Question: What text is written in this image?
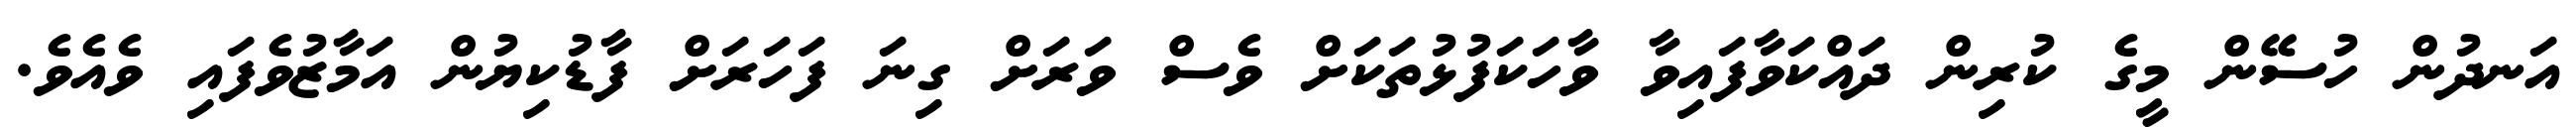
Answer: އަނދުން ހުސޭން މީގެ ކުރިން ދައްކަވާފައިވާ ވާހަކަފުޅުތަކަށް ވެސް ވަރަށް ގިނަ ފަހަރަށް ފާޑުކިޔުން އަމާޒުވެފައި ވެއެވެ.